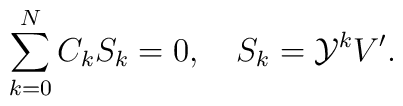
\sum_{k=0}^{N}C_kS_k=0,\quad S_k={\cal Y}^kV'.